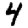
Digit: 4